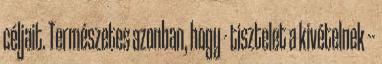
céljait. Természetes azonban, hogy - tisztelet a kivételnek --